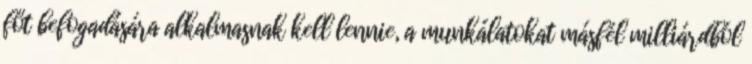
főt befogadására alkalmasnak kell lennie, a munkálatokat másfél milliárdból